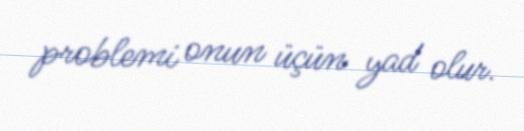
problemi onun üçün yad olur.